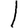
Digit: 1